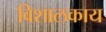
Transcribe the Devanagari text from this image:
विशालकाय